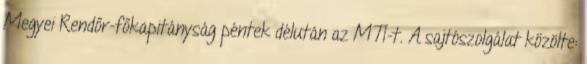
Megyei Rendőr-főkapitányság péntek délután az MTI-t. A sajtószolgálat közölte: